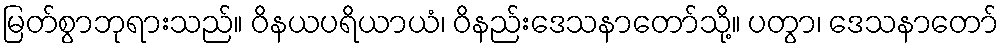
မြတ်စွာဘုရားသည်။ ဝိနယပရိယာယံ၊ ဝိနည်းဒေသနာတော်သို့။ ပတွာ၊ ဒေသနာတော်